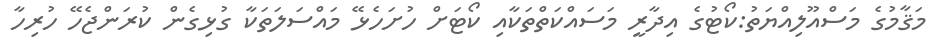
މަޤާމުގެ މަސްއޫލިއްޔަތު:ކޯޓުގެ އިދާރީ މަސައްކަތްތަކާއި ކޯޓަށް ހުށަހެޅޭ މައްސަލަތަކާ ގުޅިގެން ކުރަންޖެހޭ ހުރިހާ